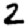
Digit: 2